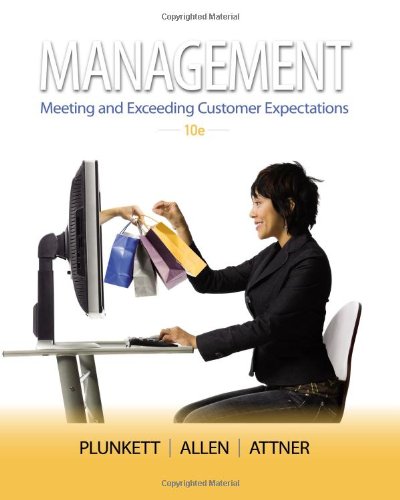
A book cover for Management; Warren R. Plunkett; Business & Money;